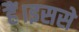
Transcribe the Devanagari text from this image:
हैं।इससे